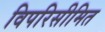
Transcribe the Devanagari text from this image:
विपरिसीमित